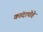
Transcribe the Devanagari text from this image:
कांदापोहे